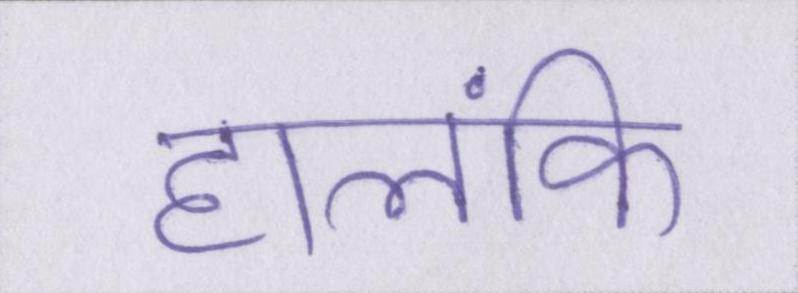
हालंकि